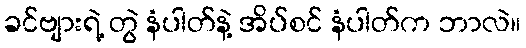
ခင်ဗျားရဲ့ တွဲ နံပါတ်နဲ့ အိပ်စင် နံပါတ်က ဘာလဲ။